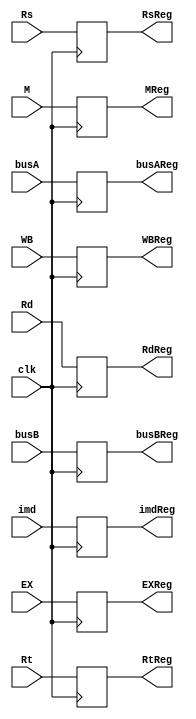
//Raymond Mui , AJ Townsend, Beck Pang
module IDEXReg (clk,Rs, Rt,Rd, WB, M, EX, busA, busB, imd,
  RsReg, RtReg,RdReg,WBReg,MReg,EXReg, busAReg, busBReg, imdReg);
  input clk;
  input [1:0] WB; // page 310
  input [2:0] M;
  input [3:0] EX;
  input [4:0] Rs, Rt, Rd;

  // busA, and busB are inputs to ALU from prev design
  input [31:0] busA, busB, imd; // immediate = busC
  output reg [1:0] WBReg;
  output reg [2:0] MReg;
  output reg [3:0] EXReg;
  output reg [4:0] RsReg,RtReg,RdReg;
  output reg [31:0] busAReg, busBReg, imdReg;

  initial begin
  WBReg = 0;
  MReg = 0;
  EXReg = 0;
  RsReg = 0;
  RtReg = 0;
  RdReg = 0;
  busAReg = 0;
  busBReg = 0; //immediate [31:0]?
  imdReg = 0;
  end

  always @(posedge clk) begin
  WBReg <= WB;
  MReg <= M;
  EXReg <= EX;
  RsReg <= Rs;
  RtReg <= Rt;
  RdReg <= Rd;
  busAReg <= busA;
  busBReg <= busB;
  imdReg <= imd;
  end


endmodule